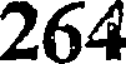
264